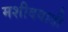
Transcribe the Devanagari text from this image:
मशीदवाडी